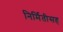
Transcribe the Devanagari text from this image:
निर्मितीसह